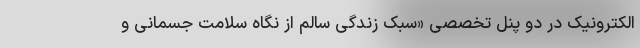
الکترونیک در دو پنل تخصصی «سبک زندگی سالم از نگاه سلامت جسمانی و